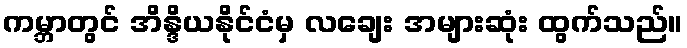
ကမ္ဘာတွင် အိန္ဒိယနိုင်ငံမှ လချေး အများဆုံး ထွက်သည်။